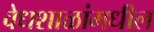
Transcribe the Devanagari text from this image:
वेधशाळांमधील